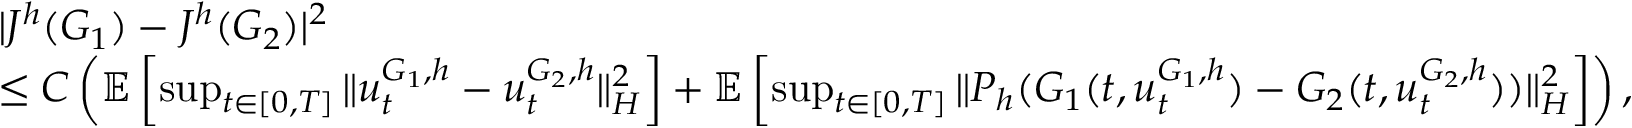
\begin{array} { r l } & { | J ^ { h } ( G _ { 1 } ) - J ^ { h } ( G _ { 2 } ) | ^ { 2 } } \\ & { \leq C \left( \ensuremath { { \mathbb E } } \left[ \operatorname* { s u p } _ { t \in [ 0 , T ] } \| u _ { t } ^ { G _ { 1 } , h } - u _ { t } ^ { G _ { 2 } , h } \| _ { H } ^ { 2 } \right] + \mathbb { E } \left[ \operatorname* { s u p } _ { t \in [ 0 , T ] } \| P _ { h } ( G _ { 1 } ( t , u _ { t } ^ { G _ { 1 } , h } ) - G _ { 2 } ( t , u _ { t } ^ { G _ { 2 } , h } ) ) \| _ { H } ^ { 2 } \right] \right) , } \end{array}